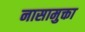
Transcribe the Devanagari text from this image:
नासामुक्ता